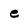
Character: e